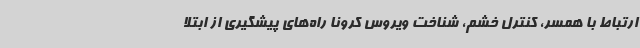
ارتباط با همسر، کنترل خشم، شناخت ویروس کرونا راه‌های پیشگیری از ابتلا